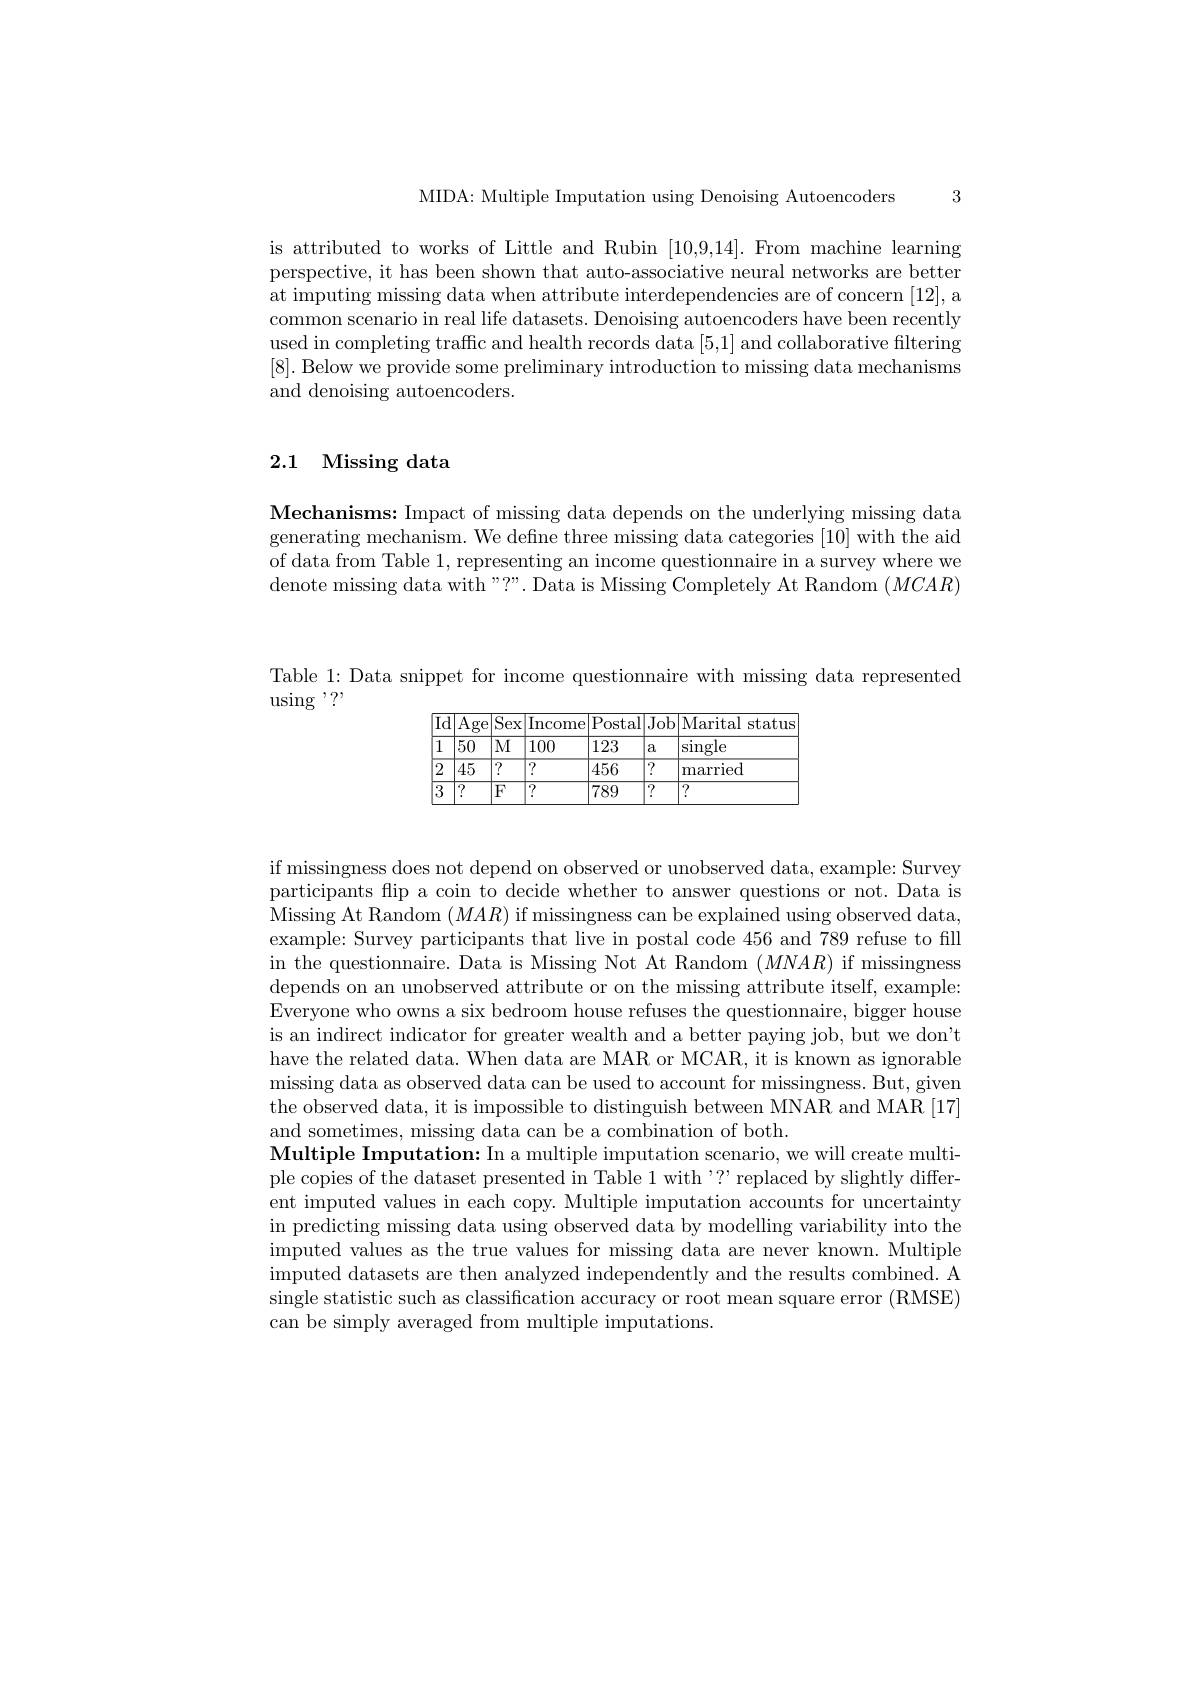
3

MIDA: Multiple Imputation using Denoising Autoencoders

is attributed to works of Little and Rubin [10,9,14]. From machine learning perspective, it has been shown that auto-associative neural networks are better at imputing missing data when attribute interdependencies are of concern [12],a common scenario in real life datasets. Denoising autoencoders have been recently used in completing traffic and health records data [5,1] and collaborative filtering [8]. Below we provide some preliminary introduction to missing data mechanisms and denoising autoencoders.

# 2.1 Missing data

Mechanisms: Impact of missing data depends on the underlying missing data generating mechanism. We define three missing data categories [10] with the aid of data from Table 1, representing an income questionnaire in a survey where we denote missing data with "?”. Data is Missing Completely At Random $(MCAR)$

Table 1: Data snippet for income questionnaire with missing data represented

$\operatorname{using}^{,}?^{,}$

<table>
	<tbody>
		<tr>
			<th>$\overline{{\mathrm{Id}}}$ 1 1 1</th>
			<th>$\overline{\mathrm{Age}}$</th>
			<th>$\boxed{\mathrm{Sex}}$</th>
			<th>Income</th>
			<th>Postal</th>
			<th>$\overline{\mathrm{Job}}$</th>
			<th>Marital status</th>
		</tr>
		<tr>
			<td>1</td>
			<td>50</td>
			<td>$M$</td>
			<td>100</td>
			<td>123</td>
			<td>a</td>
			<td>$\sin$gle</td>
		</tr>
		<tr>
			<td>2</td>
			<td>$\boxed{45}$</td>
			<td>$\overline{?}$</td>
			<td>?</td>
			<td>456</td>
			<td>?</td>
			<td>married</td>
		</tr>
		<tr>
			<td>3 </td>
			<td>$\overline{?}$</td>
			<td>$F$</td>
			<td>$\overline{?}$</td>
			<td>789</td>
			<td>$\overline{?}$</td>
			<td>$\overline{7}$ K</td>
		</tr>
	</tbody>
</table>

if missingness does not depend on observed or unobserved data, example: Survey participants flip a coin to decide whether to answer questions or not. Data is Missing At Random $(MAR)$ if missingness can be explained using observed data, example: Survey participants that live in postal code 456 and 789 refuse to fill in the questionnaire. Data is Missing Not At Random $(MNAR)$ if missingness depends on an unobserved attribute or on the missing attribute itself, example: Everyone who owns a six bedroom house refuses the questionnaire, bigger house is an indirect indicator for greater wealth and a better paying job, but we don't have the related data. When data are MAR or MCAR, it is known as ignorable missing data as observed data can be used to account for missingness. But, given the observed data, it is impossible to distinguish between MNAR and MAR [17] and sometimes, missing data can be a combination of both.
Multiple Imputation: In a multiple imputation scenario, we will create multiple copies of the dataset presented in Table 1 with ?"replaced by slightly different imputed values in each copy. Multiple imputation accounts for uncertainty in predicting missing data using observed data by modelling variability into the imputed values as the true values for missing data are never known. Multiple imputed datasets are then analyzed independently and the results combined. A single statistic such as classification accuracy or root mean square error (RMSE) can be simply averaged from multiple imputations.